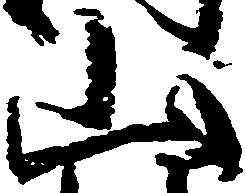
山